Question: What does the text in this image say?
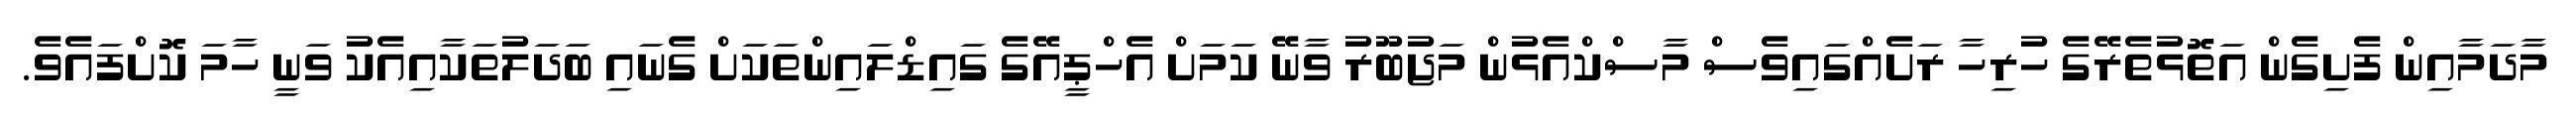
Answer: މާދަމާއިން ފެށިގެން އަތޮޅުތެރޭގެ ހުރިހާ ރަށެއްގައިވެސް މާސްކްއެޅުން މަޖުބޫރު ވާނޭ ކަމަށް އެހްޕީއޭގެ ގައިޑްލައިންތަކަށް ގެނައި ބަދަލުތަކާއިއެކު ވަނީ ހާމަ ކޮށްފައެވެ.